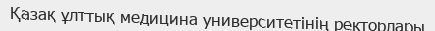
Қазақ ұлттық медицина университетінің ректорлары